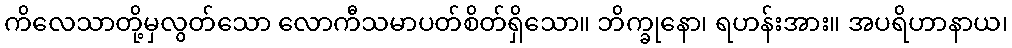
ကိလေသာတို့မှလွတ်သော လောကီသမာပတ်စိတ်ရှိသော။ ဘိက္ခုနော၊ ရဟန်းအား။ အပရိဟာနာယ၊